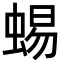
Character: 蜴